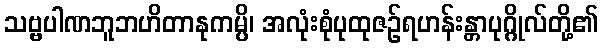
သဗ္ဗပါဏဘူဘဟိတာနုကမ္ပိ၊ အလုံးစုံပုထုဇဉ်ရဟန်းန္တာပုဂ္ဂိုလ်တို့၏